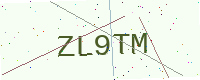
Text: ZL9TM